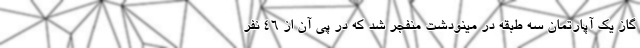
گاز یک آپارتمان سه طبقه در مینودشت منفجر شد که در پی آن از ۴۶ نفر